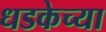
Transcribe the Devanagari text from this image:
धडकेच्या